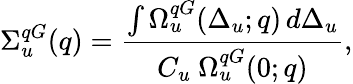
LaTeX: \Sigma_{u}^{qG}(q)=\frac{\int\Omega_{u}^{qG}(\Delta_{u};q)\, d\Delta_{u}}{C_{u}\ \Omega_{u}^{qG}(0;q)},